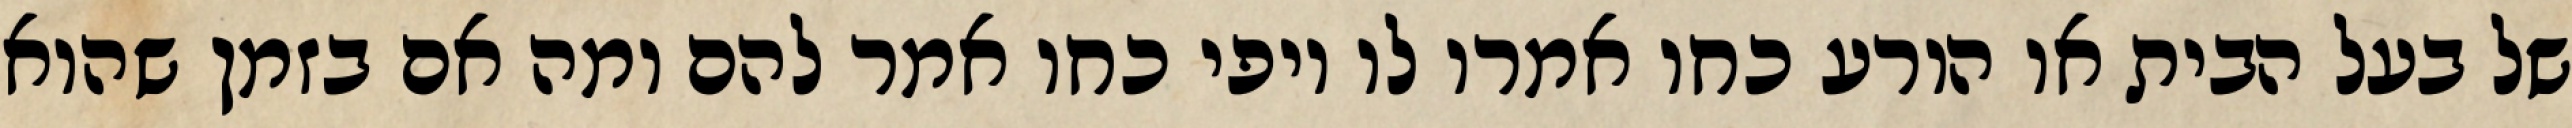
של בעל הבית או הורע כחו אמרו לו יופי כחו אמר להם ומה אם בזמן שהוא